Annual administration report of the Civil Veterinary Department of India - 1899-1900
Year: 1899
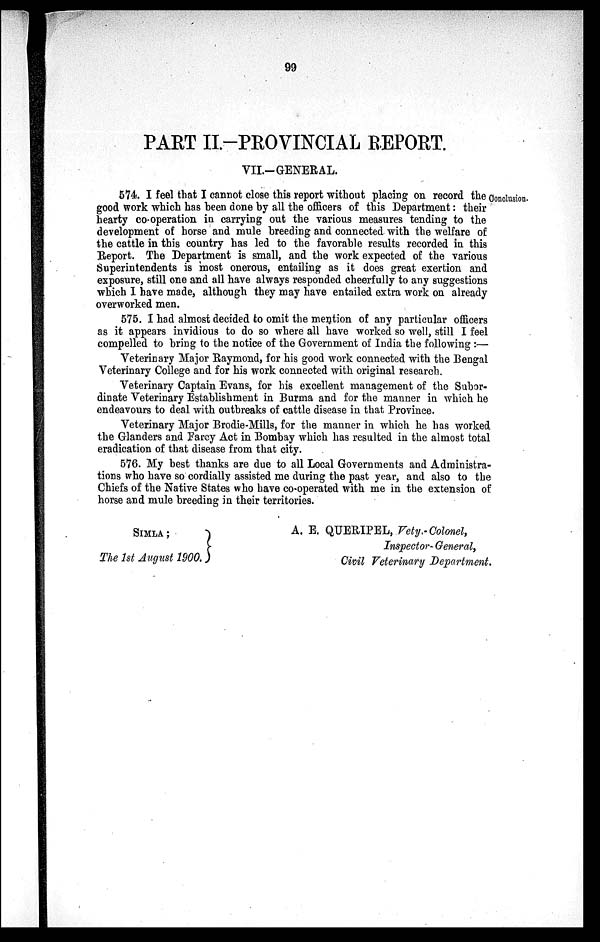
99
PART II.-PROVINCIAL REPORT.
VII.-GENERAL.
Conclusion.
574. I feel that I cannot close this report without placing on record the
good work which has been done by all the officers of this Department: their
hearty co-operation in carrying out the various measures tending to the
development of horse and mule breeding and connected with the welfare of
the cattle in this country has led to the favorable results recorded in this
Report. The Department is small, and the work expected of the various
Superintendents is most onerous, entailing as it does great exertion and
exposure, still one and all have always responded cheerfully to any suggestions
which I have made, although they may have entailed extra work on already
overworked men.
575. I had almost decided to omit the mention of any particular officers
as it appears invidious to do so where all have worked so well, still I feel
compelled to bring to the notice of the Government of India the following:—
Veterinary Major Raymond, for his good work connected with the Bengal
Veterinary College and for his work connected with original research.
Veterinary Captain Evans, for his excellent management of the Subor-
dinate Veterinary Establishment in Burma and for the manner in which he
endeavours to deal with outbreaks of cattle disease in that Province.
Veterinary Major Brodie-Mills, for the manner in which he has worked
the Glanders and Farcy Act in Bombay which has resulted in the almost total
eradication of that disease from that city.
576. My best thanks are due to all Local Governments and Administra-
tions who have so cordially assisted me during the past year, and also to the
Chiefs of the Native States who have co-operated with me in the extension of
horse and mule breeding in their territories.
SIMLA
The 1st August 1900.
A. E. QUERIPEL, Vety.-Colonel,
Inspector- General,
Civil Veterinary Department.